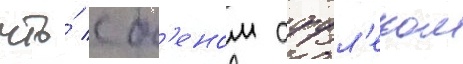
что́ с б'еном аффл'еком